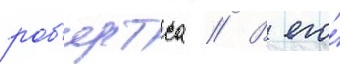
роб'ертса // В его́